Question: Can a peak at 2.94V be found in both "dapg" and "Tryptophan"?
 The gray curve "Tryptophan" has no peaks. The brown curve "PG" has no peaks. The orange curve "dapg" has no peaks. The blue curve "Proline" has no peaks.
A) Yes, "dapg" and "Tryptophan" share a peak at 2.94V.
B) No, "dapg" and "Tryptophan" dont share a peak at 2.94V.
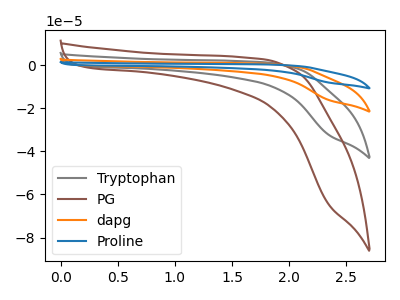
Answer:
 <answer>B) No, "dapg" and "Tryptophan" dont share a peak at 2.94V.</answer>
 <eval>B</eval>